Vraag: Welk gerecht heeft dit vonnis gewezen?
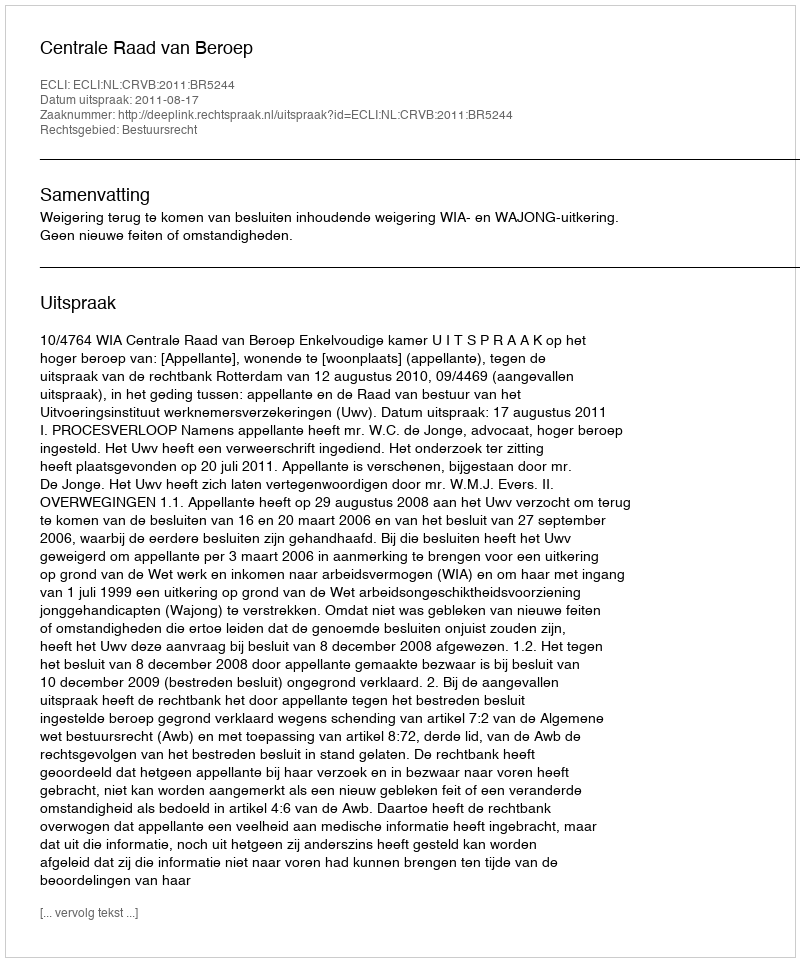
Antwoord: Centrale Raad van Beroep